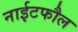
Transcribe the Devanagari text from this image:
नाईटफौल